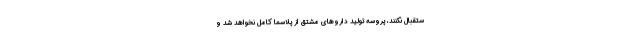
ستقبال نکنند، پروسه تولید داروهای مشتق از پلاسما کامل نخواهد شد و